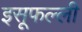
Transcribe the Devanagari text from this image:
इसूफल्ली